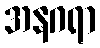
အနဂရာ